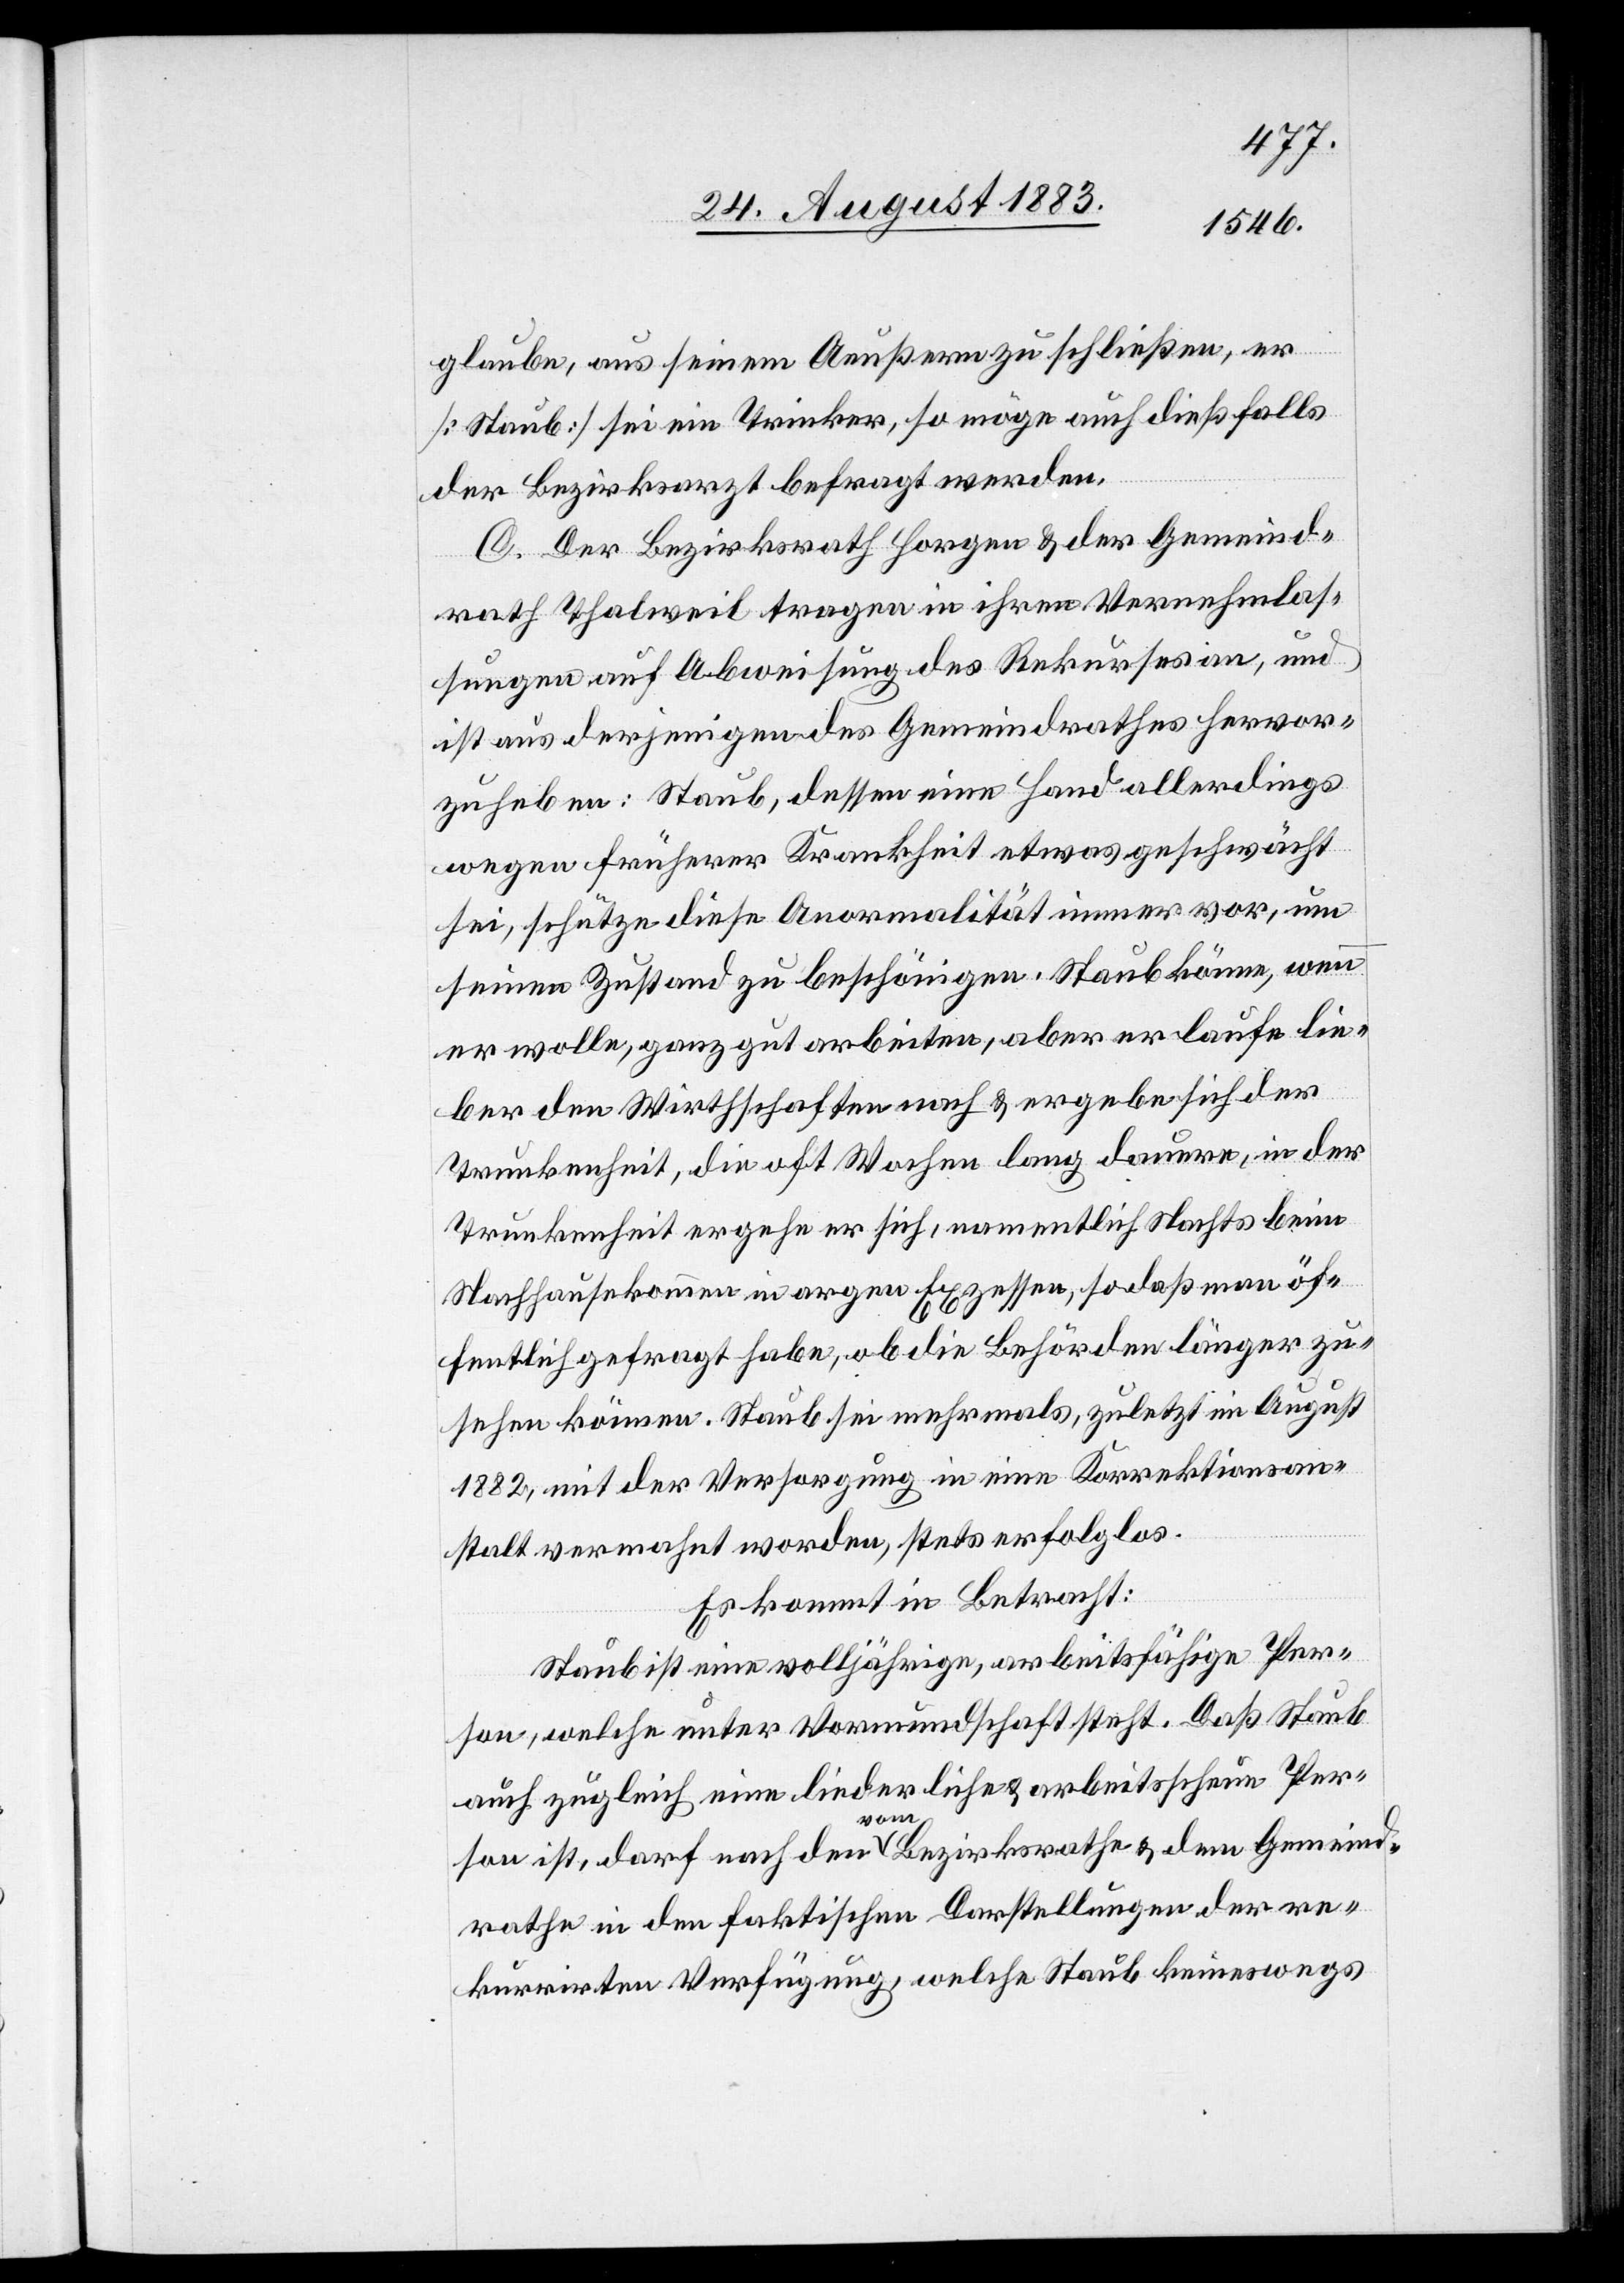
glaube, aus seinem Aeußern zu schließen, er
[Staub] sei ein Trinker, so möge auch dießfalls
der Bezirksarzt befragt werden.
C. Der Bezirksrath Horgen & der Gemeind¬
rath Thalweil tragen in ihren Vernehmlas¬
sungen auf Abweisung des Rekurses an, und
ist aus derjenigen des Gemeindrathes hervor¬
zuheben: Staub, dessen eine Hand allerdings
wegen früherer Krankheit etwas geschwächt
sei, schütze diese Anormalität immer vor, um
seinen Zustand zu beschönigen. Staub könne, wenn
er wolle, ganz gut arbeiten, aber er laufe lie¬
ber den Wirthschaften nach & ergebe sich der
Trunkenheit, die oft Wochen lang dauere, in der
Trunkenheit ergehe er sich, namentlich Nachts beim
Nachhausekommen in argen Exzessen, so daß man öf¬
fentlich gefragt habe, ob die Behörden länger zu¬
sehen können. Staub sei mehrmals, zuletzt im August
1882, mit der Versorgung in eine Korrektionsan¬
stalt vermahnt worden, stets erfolglos.
Es kommt in Betracht:
Staub ist eine volljährige, arbeitsfähige Per¬
son, welche unter Vormundschaft steht. Daß Staub
auch zugleich eine liederliche & arbeitsscheue Per¬
son ist, darf nach den vom Bezirksrathe & dem Gemeind¬
rathe in den faktischen Darstellungen der re¬
kurrirten Verfügung, welche Staub keineswegs